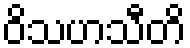
ဝိသဟသီတိ